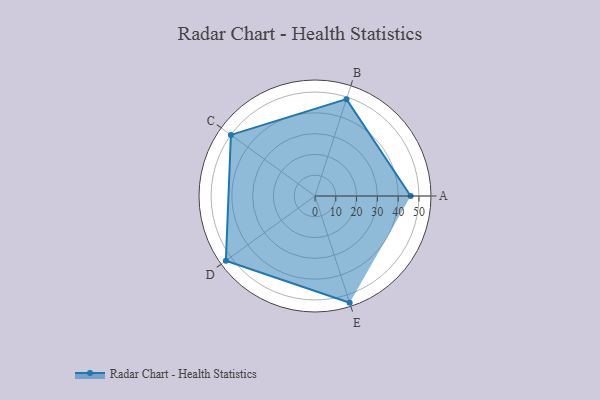
{"axis": {"x": "Skill", "y": "Score"}, "legend": ["Profile"], "data": [{"x": "A", "y": 46.0, "type": "Profile"}, {"x": "B", "y": 49.0, "type": "Profile"}, {"x": "C", "y": 50.0, "type": "Profile"}, {"x": "D", "y": 53.0, "type": "Profile"}, {"x": "E", "y": 54.0, "type": "Profile"}]}